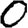
Digit: 0